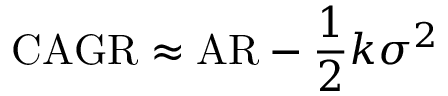
\mathrm { C A G R } \approx \mathrm { A R } - { \frac { 1 } { 2 } } k \sigma ^ { 2 }